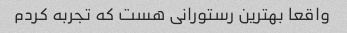
واقعا بهترین رستورانی هست که تجربه کردم